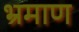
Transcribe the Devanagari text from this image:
भ्रमाण